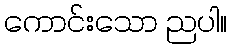
ကောင်းသော ညပါ။